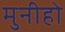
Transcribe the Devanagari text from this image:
मुनीहो